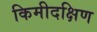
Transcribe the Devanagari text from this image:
किमीदक्षिण